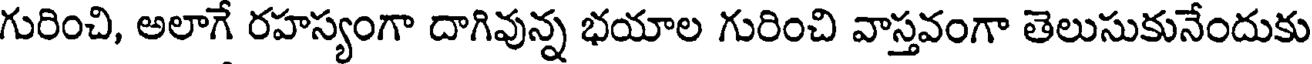
గురించి, అలాగే రహస్యంగా దాగివున్న భయాల గురించి వాస్తవంగా తెలుసుకునేందుకు